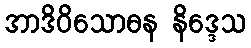
အာဒိဝိသောဓန နိဒ္ဒေသ